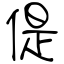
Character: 偍